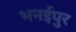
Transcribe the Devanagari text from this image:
भनईपुर